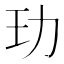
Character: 玏